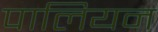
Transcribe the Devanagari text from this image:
पालियन